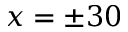
x = \pm 3 0